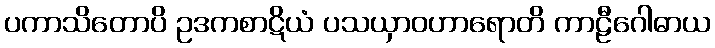
ပကာသိတောပိ ဥဒကစာဋိယံ ပသယှာဝဟာရောတိ ကာဠီဂေါဓာယ